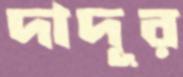
দাদূর